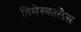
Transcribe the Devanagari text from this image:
तिमेस्कालेस